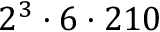
2 ^ { 3 } \cdot 6 \cdot 2 1 0